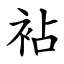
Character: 袩